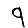
Digit: 9